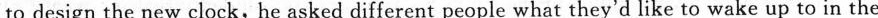
to design the new clock,he asked different people what they'd like to wake up to in the